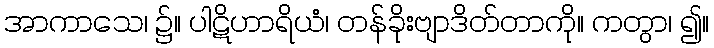
အာကာသေ၊ ၌။ ပါဋိဟာရိယံ၊ တန်ခိုးဗျာဒိတ်တာကို။ ကတွာ၊ ၍။